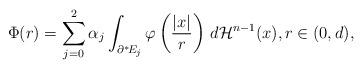
LaTeX: \begin{align*} \Phi(r) = \sum_{j=0}^2\alpha_j\int_{\partial^*\! E_j} \varphi\left(\frac{|x|}{r}\right)\, d\mathcal{H}^{n-1}(x), r\in(0,d),\end{align*}